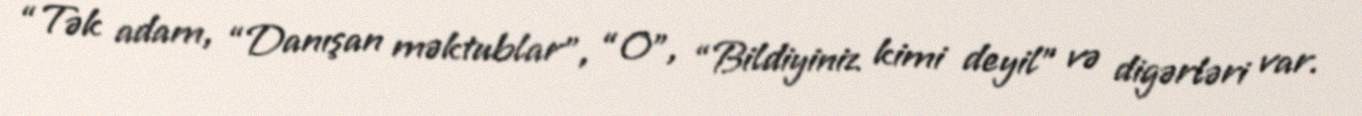
“Tək adam, “Danışan məktublar”, “O”, “Bildiyiniz kimi deyil” və digərləri var.